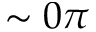
\sim 0 \pi